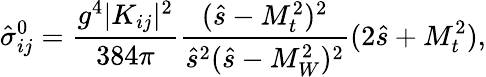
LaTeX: \hat{\sigma}_{ij}^{0}=\frac{g^{4}\vert K_{ij}\vert^{2}}{384\pi}\frac{(\hat{s}-M_{t}^{2})^{2}}{\hat{s}^{2}(\hat{s}-M_{W}^{2})^{2}}(2\hat{s}+M_{t}^{2}),